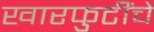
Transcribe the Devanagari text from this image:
खारफुटींचे